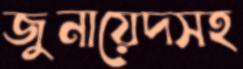
জুনায়েদসহ